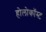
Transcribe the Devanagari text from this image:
होलोकॉस्‍ट